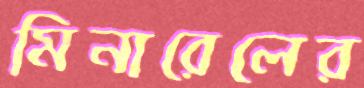
মিনারেলের